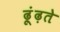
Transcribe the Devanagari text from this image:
ढ़ूंढ़ते